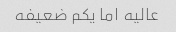
عالیه اما یکم ضعیفه